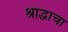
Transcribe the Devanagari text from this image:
श्राद्धाचा